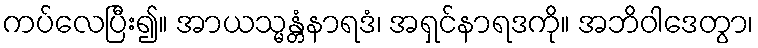
ကပ်လေပြီး၍။ အာယသ္မန္တံနာရဒံ၊ အရှင်နာရဒကို။ အဘိဝါဒေတွာ၊